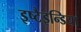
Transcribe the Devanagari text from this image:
इष्टैइन्डिया